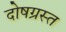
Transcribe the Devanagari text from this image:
दोषग्रस्त